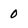
Character: 0